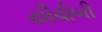
યીવીબી